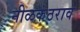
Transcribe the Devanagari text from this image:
नीळकंठराव